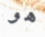
هو